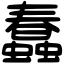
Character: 蠢